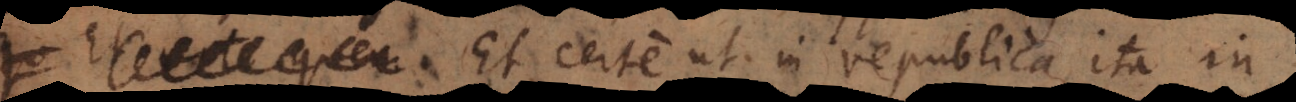
quem Et certe ut in republica, ita in